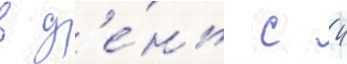
в д'е́нь с 4